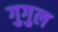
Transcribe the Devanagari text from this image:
गुगुल